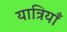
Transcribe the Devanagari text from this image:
यात्रियाँ